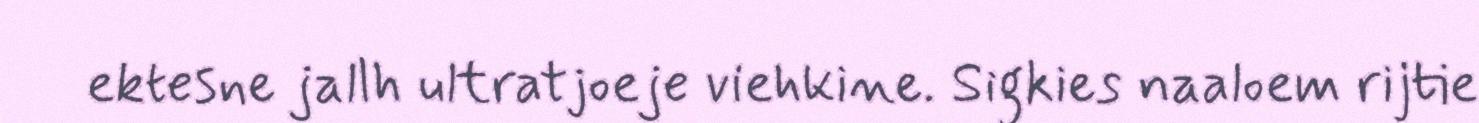
ektesne jallh ultratjoeje viehkine. Sigkies naaloem rijtie